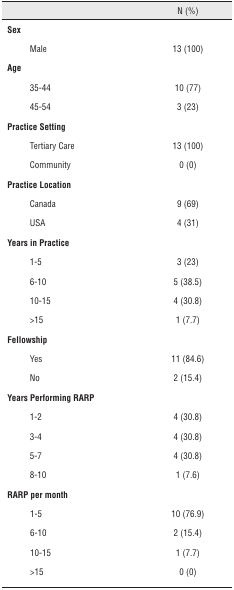
<table><thead><tr><td><b> </b></td><td><b>N (%)</b></td></tr></thead><tbody><tr><td><b>Sex</b></td><td> </td></tr><tr><td>Male</td><td>13 (100)</td></tr><tr><td><b>Age</b></td><td> </td></tr><tr><td>35-44</td><td>10 (77)</td></tr><tr><td>45-54</td><td>3 (23)</td></tr><tr><td><b>Practice Setting</b></td><td> </td></tr><tr><td>Tertiary Care</td><td>13 (100)</td></tr><tr><td>Community</td><td>0 (0)</td></tr><tr><td><b>Practice Location</b></td><td> </td></tr><tr><td>Canada</td><td>9 (69)</td></tr><tr><td>USA</td><td>4 (31)</td></tr><tr><td><b>Years in Practice</b></td><td> </td></tr><tr><td>1-5</td><td>3 (23)</td></tr><tr><td>6-10</td><td>5 (38.5)</td></tr><tr><td>10-15</td><td>4 (30.8)</td></tr><tr><td>&gt;15</td><td>1 (7.7)</td></tr><tr><td><b>Fellowship</b></td><td> </td></tr><tr><td>Yes</td><td>11 (84.6)</td></tr><tr><td>No</td><td>2 (15.4)</td></tr><tr><td><b>Years Performing RARP</b></td><td> </td></tr><tr><td>1-2</td><td>4 (30.8)</td></tr><tr><td>3-4</td><td>4 (30.8)</td></tr><tr><td>5-7</td><td>4 (30.8)</td></tr><tr><td>10</td><td>1 (7.6)</td></tr><tr><td><b>RARP per month</b></td><td> </td></tr><tr><td>1-5</td><td>10 (76.9)</td></tr><tr><td>6-10</td><td>2 (15.4)</td></tr><tr><td>10-15</td><td>1 (7.7)</td></tr><tr><td>&gt;15</td><td>0 (0)</td></tr></tbody></table>